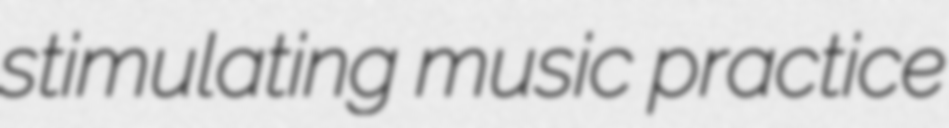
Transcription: stimulating music practice